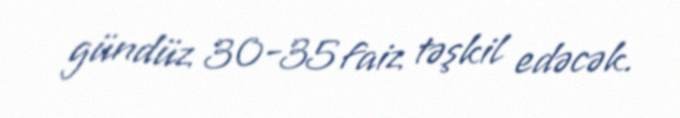
gündüz 30-35 faiz təşkil edəcək.